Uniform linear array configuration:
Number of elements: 64
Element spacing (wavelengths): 1
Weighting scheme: uniform
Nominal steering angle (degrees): -60
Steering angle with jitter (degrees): -58.862
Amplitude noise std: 0.05
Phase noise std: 0.05

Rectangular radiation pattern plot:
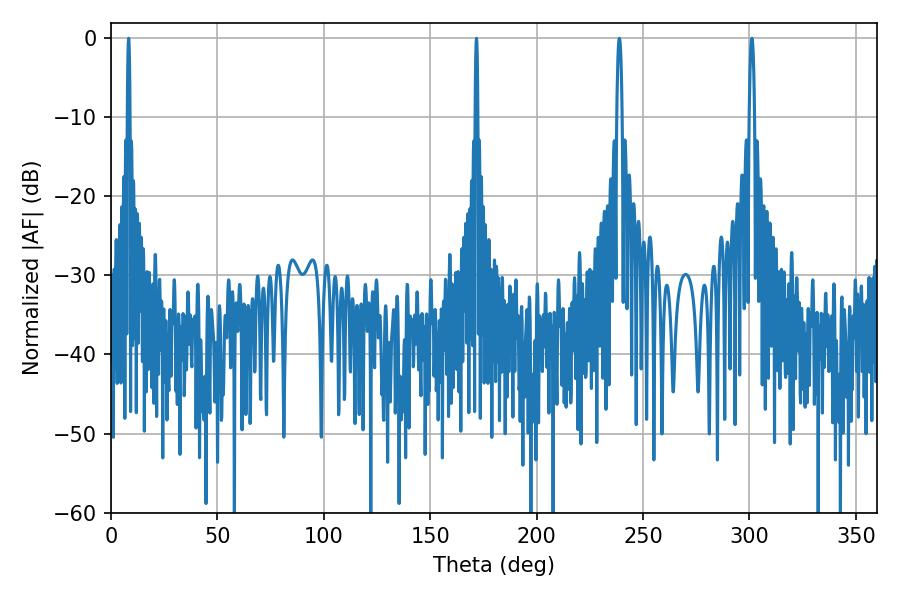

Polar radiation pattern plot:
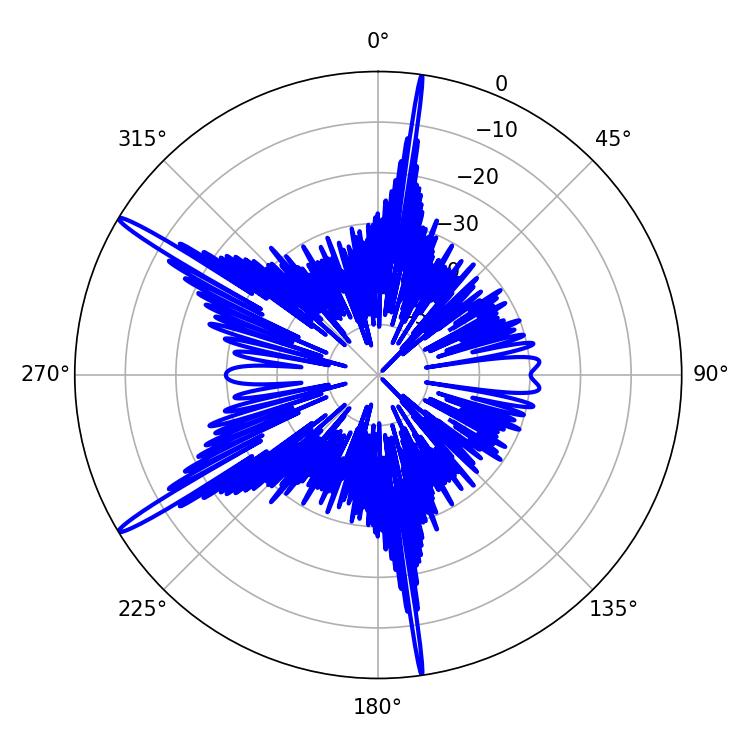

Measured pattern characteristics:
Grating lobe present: TRUE
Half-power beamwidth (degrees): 0.72
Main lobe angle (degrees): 8.28